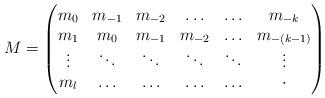
LaTeX: \begin{align*}M =\begin{pmatrix}m_0 & m_{-1} & m_{-2} & \ldots & \ldots & m_{-k}\\m_1 & m_0 & m_{-1} & m_{-2} & \ldots & m_{-(k-1)}\\\vdots & \ddots & \ddots & \ddots & \ddots & \vdots\\m_l & \ldots & \ldots & \ldots & \ldots & \cdot\end{pmatrix}\end{align*}